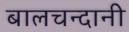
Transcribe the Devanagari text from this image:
बालचन्दानी